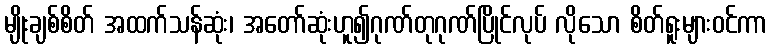
မျိုးချစ်စိတ် အထက်သန်ဆုံး၊ အတော်ဆုံးဟူ၍ဂုဏ်တုဂုဏ်ပြိုင်လုပ် လိုသော စိတ်ရူးများဝင်ကာ